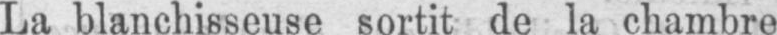
La blanchisseuse sortit de la chambre